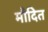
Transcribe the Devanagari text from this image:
मौदित